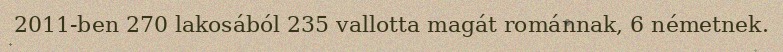
2011-ben 270 lakosából 235 vallotta magát románnak, 6 németnek.